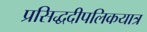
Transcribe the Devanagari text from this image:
प्रसिद्धदीपलिकयात्र